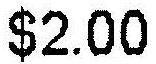
$2.00